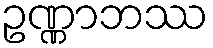
ဥဏ္ဏာဘဿ